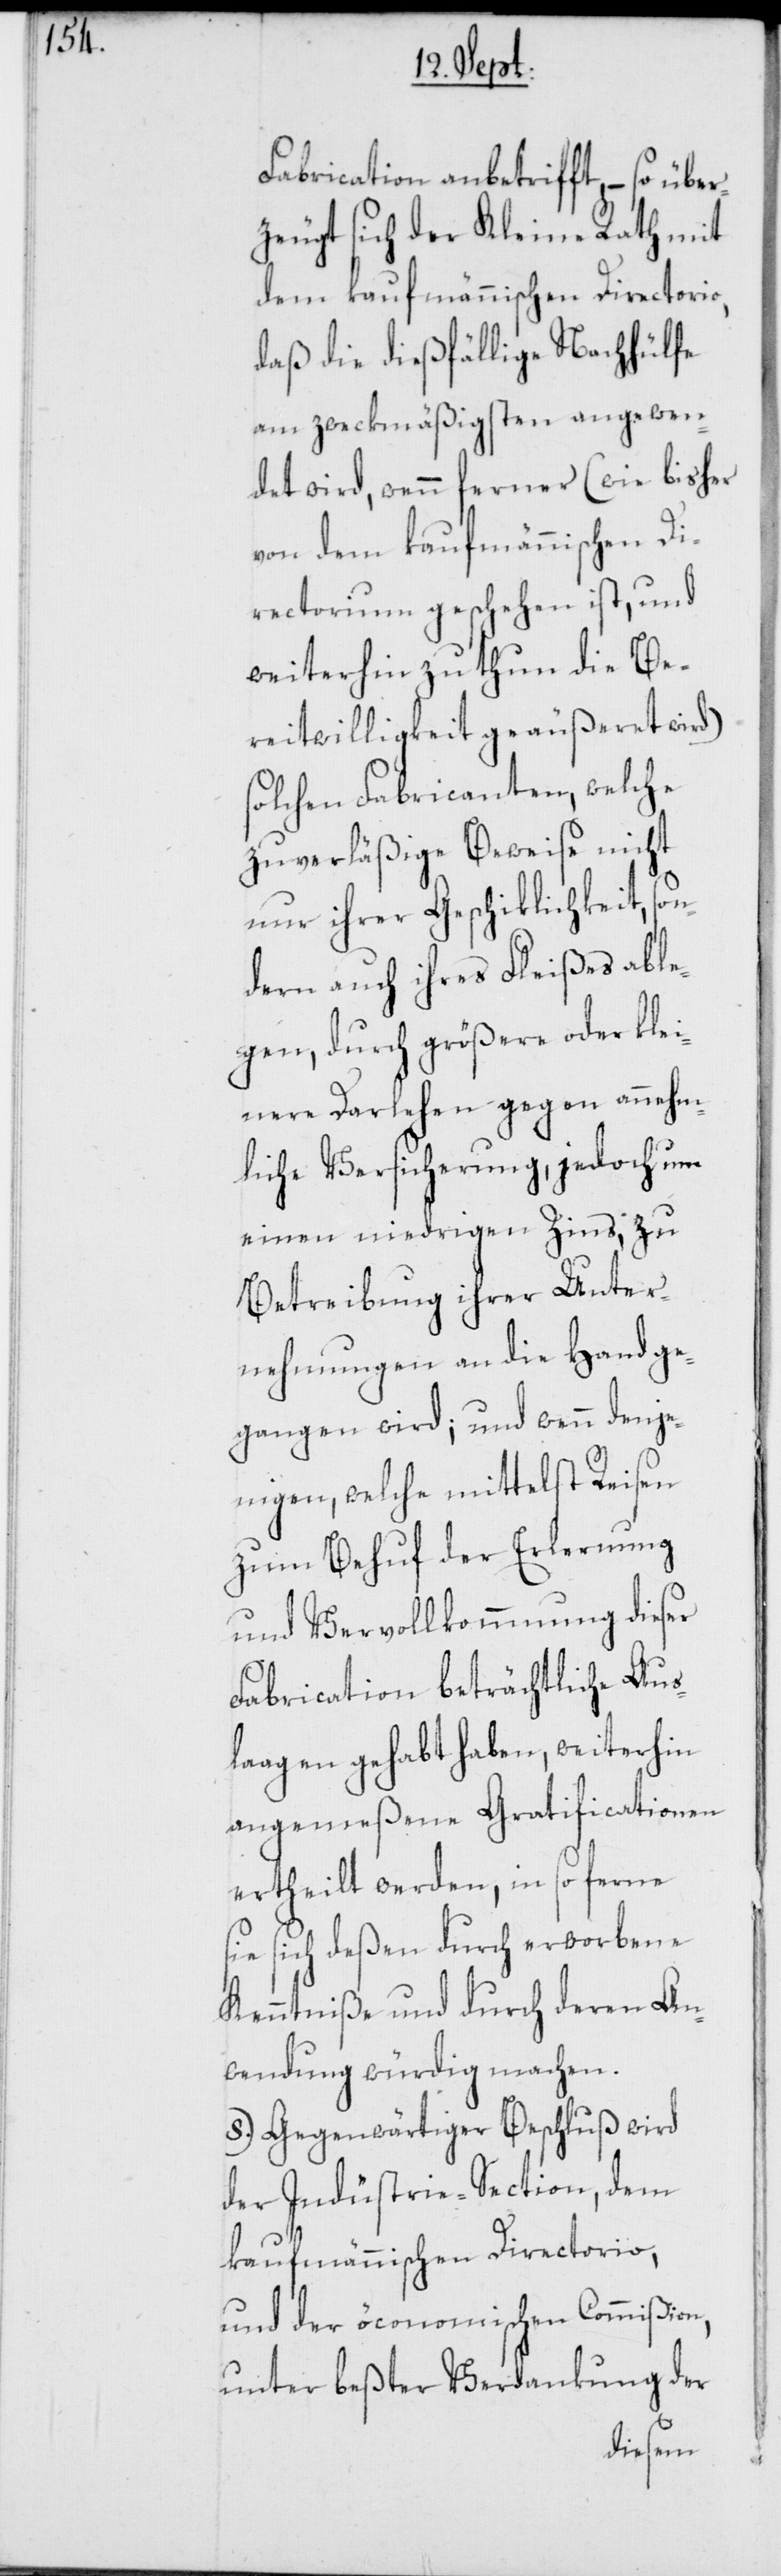
Fabrication anbetrifft, – so über¬
zeugt sich der Kleine Rath mit
dem kaufmännischen Directorio,
daß die dießfällige Nachhülfe
am zweckmäßigsten angewen¬
det wird, wenn ferner (wie bisher
von dem kaufmännischen Di¬
rectorium geschehen ist, und
weiterhin zu thun die Be¬
reitwilligkeit geäußeret wird)
solchen Fabricanten, welche
zuverläßige Beweise nicht
nur ihrer Geschiklichkeit, son¬
dern auch ihres Fleißes abl¬
egen, durch größere oder klei¬
nere Darlehen gegen annehm¬
liche Versicherung, jedoch um
einen niedrigen Zins, zu
Betreibung ihrer Unter¬
nehmungen an die Hand ge¬
gangen wird; und wenn denje¬
nigen, welche mittelst Reisen
zum Behuf der Erlernung
und Vervollkommnung dieser
Fabrication beträchtliche Aus¬
laagen gehabt haben, weiterhin
angemeßene Gratificationen
ertheilt werden, in so ferne
sie sich deßen durch erworbene
Kenntniße und durch deren An¬
wendung würdig machen.
8.) Gegenwärtiger Beschluß wird
der Indüstrie-Section, dem
kaufmännischen Directorio,
und der öconomischen Commißion,
unter beßter Verdankung der